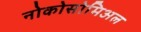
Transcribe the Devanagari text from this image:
नोकोसोमिअल